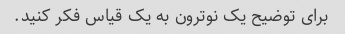
برای توضیح یک نوترون به یک قیاس فکر کنید.